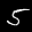
Label: 5